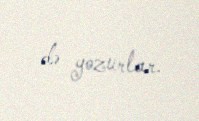
də yozurlar.